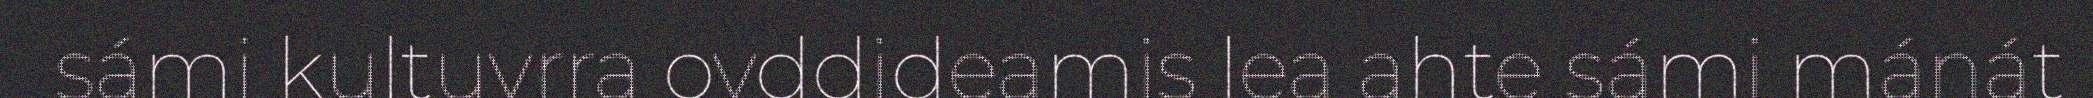
sámi kultuvrra ovddideamis lea ahte sámi mánát